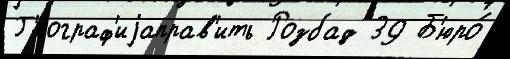
Г'еограф'иjаправ'ить Розбад 39 Б'юро́